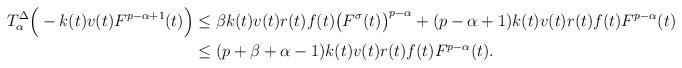
LaTeX: \begin{align*}T_\alpha^{\Delta} \Big(-k(t)v(t)F^{p-\alpha+1}(t)\Big)&\leq\beta k(t)v(t)r(t)f(t)\big(F^\sigma(t)\big)^{p-\alpha}+(p-\alpha+1)k(t)v(t)r(t)f(t)F^{p-\alpha}(t)\\&\leq(p+\beta+\alpha-1)k(t)v(t)r(t)f(t)F^{p-\alpha}(t).\end{align*}